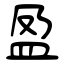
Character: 盈